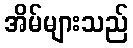
အိမ်များသည်